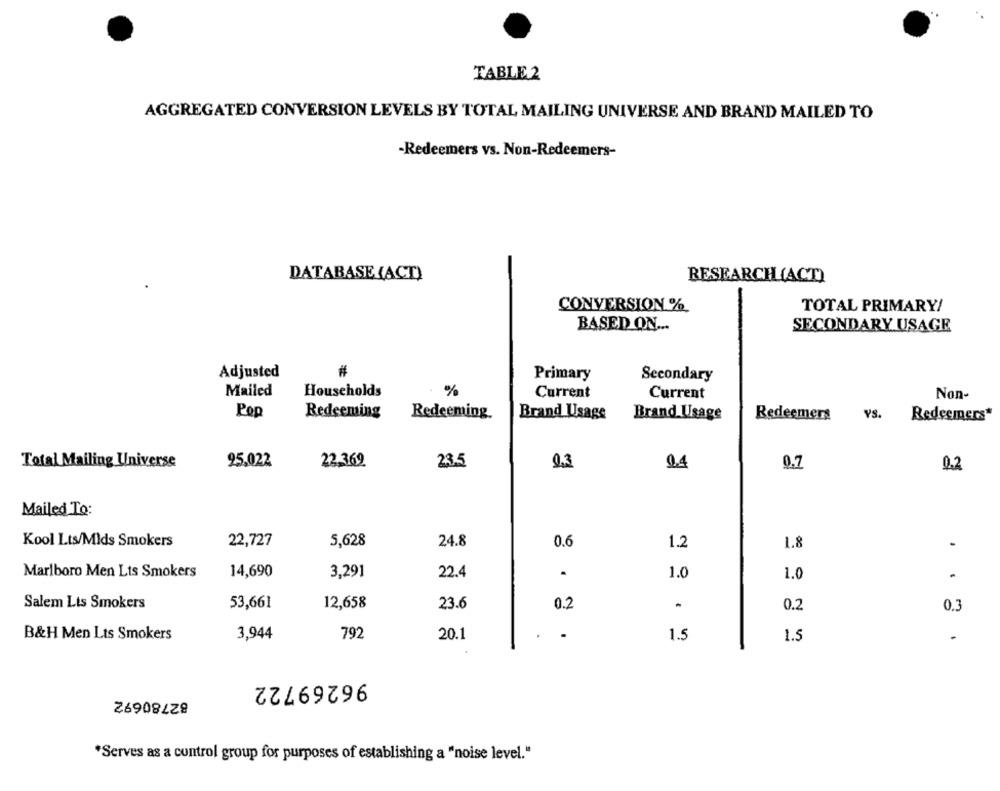
TABLE 2
AGGREGATED CONVERSION LEVELS BY TOTAL MAILING UNIVERSE AND BRAND MAILED TO
-Redeemers vs. Non-Redeemers-
DATABASE (ACT)
RESEARCH (ACT)
CONVERSION %
TOTAL PRIMARY!
BASED ON ...
SECONDARY USAGE
Adjusted
#
Primary
Secondary
Mailed
Households
%
Current
Current
Non-
Pop
Redeeming
Redeeming
Brand Usage
Brand Usage
Redeemers
YS.
Redeemers*
Total Mailing Universe
25.022
22.369
23.5
0.3
9.4
0.7
0.2
Mailed To:
Kool Lts/Mlds Smokers
22,727
5,628
24.8
0.6
1.2
1.8
Marlboro Men Lts Smokers
14,690
3,291
22.4
.
1.0
1.0
.
Salem Lts Smokers
53,661
12,658
23.6
0.2
0.2
0.3
.
B&H Men Lts Smokers
3,944
792
20.1
1.5
1.5
....
96269722
82780692
*Serves as a control group for purposes of establishing a "noise level."